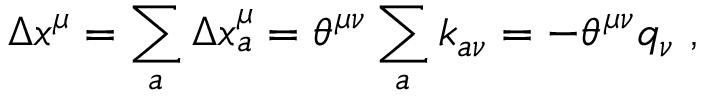
\Delta x ^ { \mu } = \sum _ { a } \Delta x _ { a } ^ { \mu } = \theta ^ { \mu \nu } \sum _ { a } k _ { a \nu } = - \theta ^ { \mu \nu } q _ { \nu } \ ,